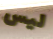
ليس